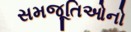
સમજૂતિઓનો